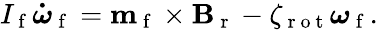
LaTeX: \begin{array}{r}{I_{\mathrm{~f~}}\boldsymbol{\dot{\omega}}_{\mathrm{~f~}}=\mathbf{m}_{\mathrm{~f~}}\times\mathbf{B}_{\mathrm{~r~}}-\zeta_{\mathrm{~r~o~t~}}\boldsymbol{\omega}_{\mathrm{~f~}}.}\end{array}